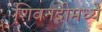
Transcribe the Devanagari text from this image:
शिवनदीमध्ये